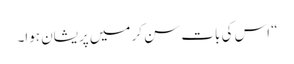
“ اس کی بات سن کر میں پریشان ہوا۔